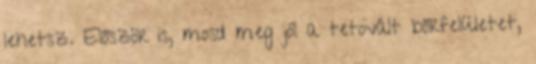
lehetsz. Először is, mosd meg jól a tetovált bőrfelületet,